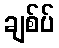
ချစ်ပ်